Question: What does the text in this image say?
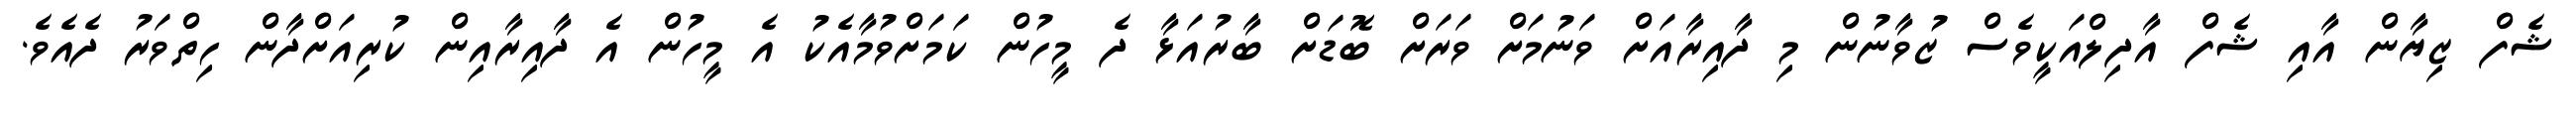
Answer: ޝެފް ޒިޔާން އާއި ޝެފް އާދިލްއަކީވެސް ޒުވާނުން މި ދާއިރާއަށް ވަނުމަށް ވަރަށް ބޮޑަށް ބާރުއަޅާ ދެ މީހުން ކަމަށްވުމާއެކު އެ މީހުން އެ ދާއިރާއިން ކުރިއަށްދާން ހިތްވަރު ދެއެވެ.